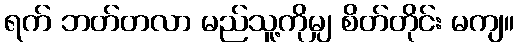
ရက် ဘတ်တလာ မည်သူ့ကိုမျှ စိတ်တိုင်း မကျ။